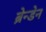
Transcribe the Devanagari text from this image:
ब्रेन्डेन